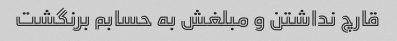
قارچ نداشتن و مبلغش به حسابم برنگشت